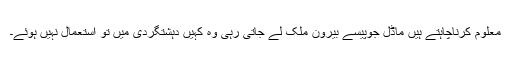
معلوم کرناچاہتے ہیں ماڈل جوپیسے بیرون ملک لے جاتی رہی وہ کہیں دہشتگردی میں تو استعمال نہیں ہوئے۔